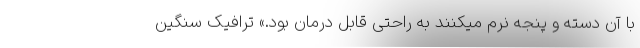
با آن دسته و پنجه نرم میکنند به راحتی قابل درمان بود.» ترافیک سنگین